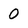
Character: 0